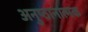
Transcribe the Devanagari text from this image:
अनुष्ठानात्मक